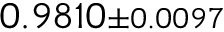
0 . 9 8 1 0 { \scriptstyle \pm 0 . 0 0 9 7 }